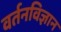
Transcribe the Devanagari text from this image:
वर्तनविज्ञान